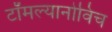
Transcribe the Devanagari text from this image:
टॉमल्यानोविच